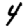
Digit: 4